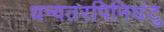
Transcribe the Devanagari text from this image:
धन्वतरपिनिघंटु